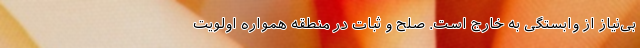
بی‌نیاز از وابستگی به خارج است. صلح و ثبات در منطقه همواره اولویت